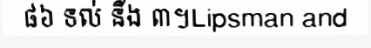
៨៦ ទល់ នឹង ៣។Lipsman and